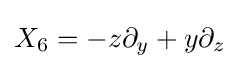
X_{6}=-z\partial _{y}+y\partial _{z}